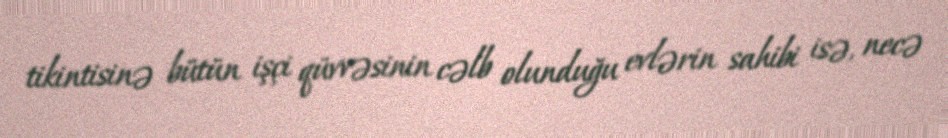
tikintisinə bütün işçi qüvvəsinin cəlb olunduğu evlərin sahibi isə, necə